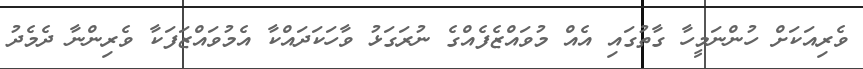
ވެރިއަކަށް ހުންނަމީހާ ގާތުގައި އެއް މުވައްޒެފެއްގެ ނުރަގަޅު ވާހަކަދައްކާ އެމުވައްޒަފަކާ ވެރިންނާ ދެމެދު